Indian Civil Veterinary Department memoirs
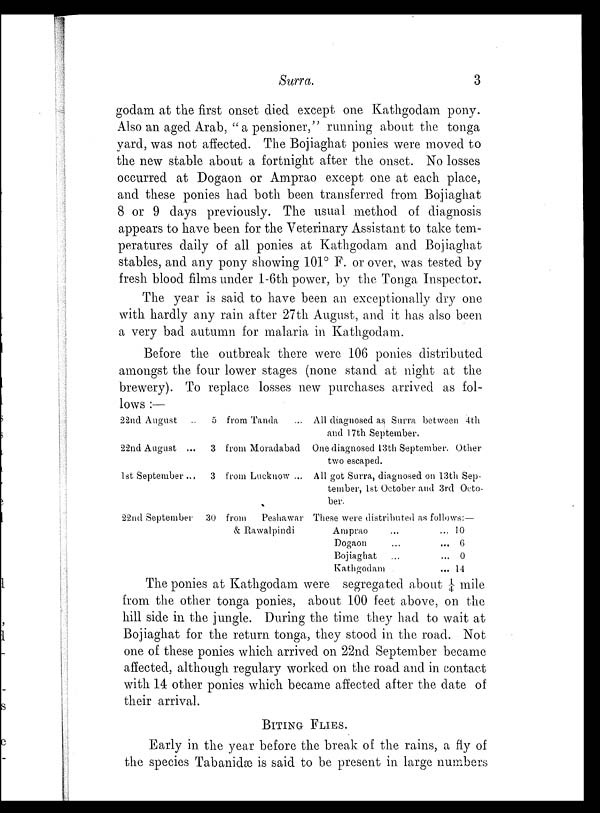
Surra.
3
godam at the first onset died except one Kathgodam pony.
Also an aged Arab, " a pensioner, " running about the tonga
yard, was not affected. The Bojiaghat ponies were moved to
the new stable about a fortnight after the onset. No losses
occurred at Dogaon or Amprao except one at each place,
and these ponies had both been transferred from Bojiaghat
8 or 9 days previously. The usual method of diagnosis
appears to have been for the Veterinary Assistant to take tem-
peratures daily of all ponies at Kathgodam and Bojiaghat
stables, and any pony showing 101° F. or over, was tested by
fresh blood films under 1-6th power, by the Tonga Inspector.
The year is said to have been an exceptionally dry one
with hardly any rain after 27th August, and it has also been
a very bad autumn for malaria in Kathgodam.
Before the outbreak there were 106 ponies distributed
amongst the four lower stages (none stand at night at the
brewery). To replace losses new purchases arrived as fol-
lows :—
22nd August ...
22nd August ...
1st September ...
22nd September
5
3
3
30
from Tanda ...
from Moradabad
from Lucknow ...
from
Peshawar
& Rawalpindi
All diagnosed as Surra between 4th
and 17th September.
One diagnosed 13th September. Other
two escaped.
All got Surra, diagnosed on 13th Sep-
tember, 1st October and 3rd Octo-
ber.
These were distributed as follows :—
Amprao
...
... 10
Dogaon
...
... 6
Bojiaghat
...
... 0
Kathgodam
... 14
The ponies at Kathgodam were segregated about ¼ mile
from the other tonga ponies, about 100 feet above, on the
hill side in the jungle. During the time they had to wait at
Bojiaghat for the return tonga, they stood in the road. Not
one of these ponies which arrived on 22nd September became
affected, although regulary worked on the road and in contact
with 14 other ponies which became affected after the date of
their arrival.
BITING FLIES.
Early in the year before the break of the rains, a fly of
the species Tabanidæ is said to be present in large numbers